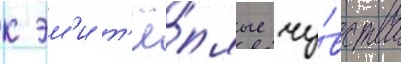
к эм'и т'ё́плые чу́вства